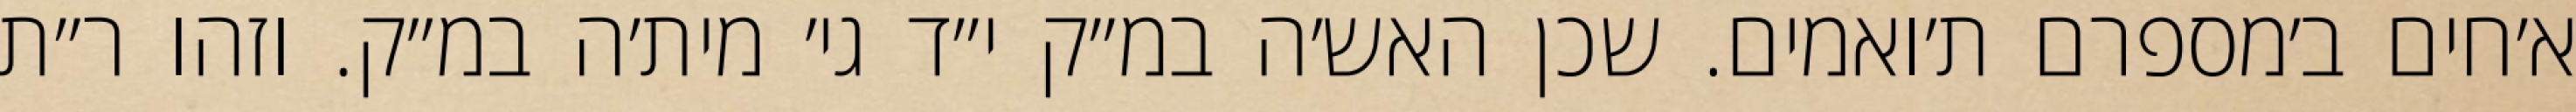
א׳חים ב׳מספרם ת׳ואמים. שכן האש׳ה במ״ק י״ד גי׳ מית׳ה במ״ק. וזהו ר״ת